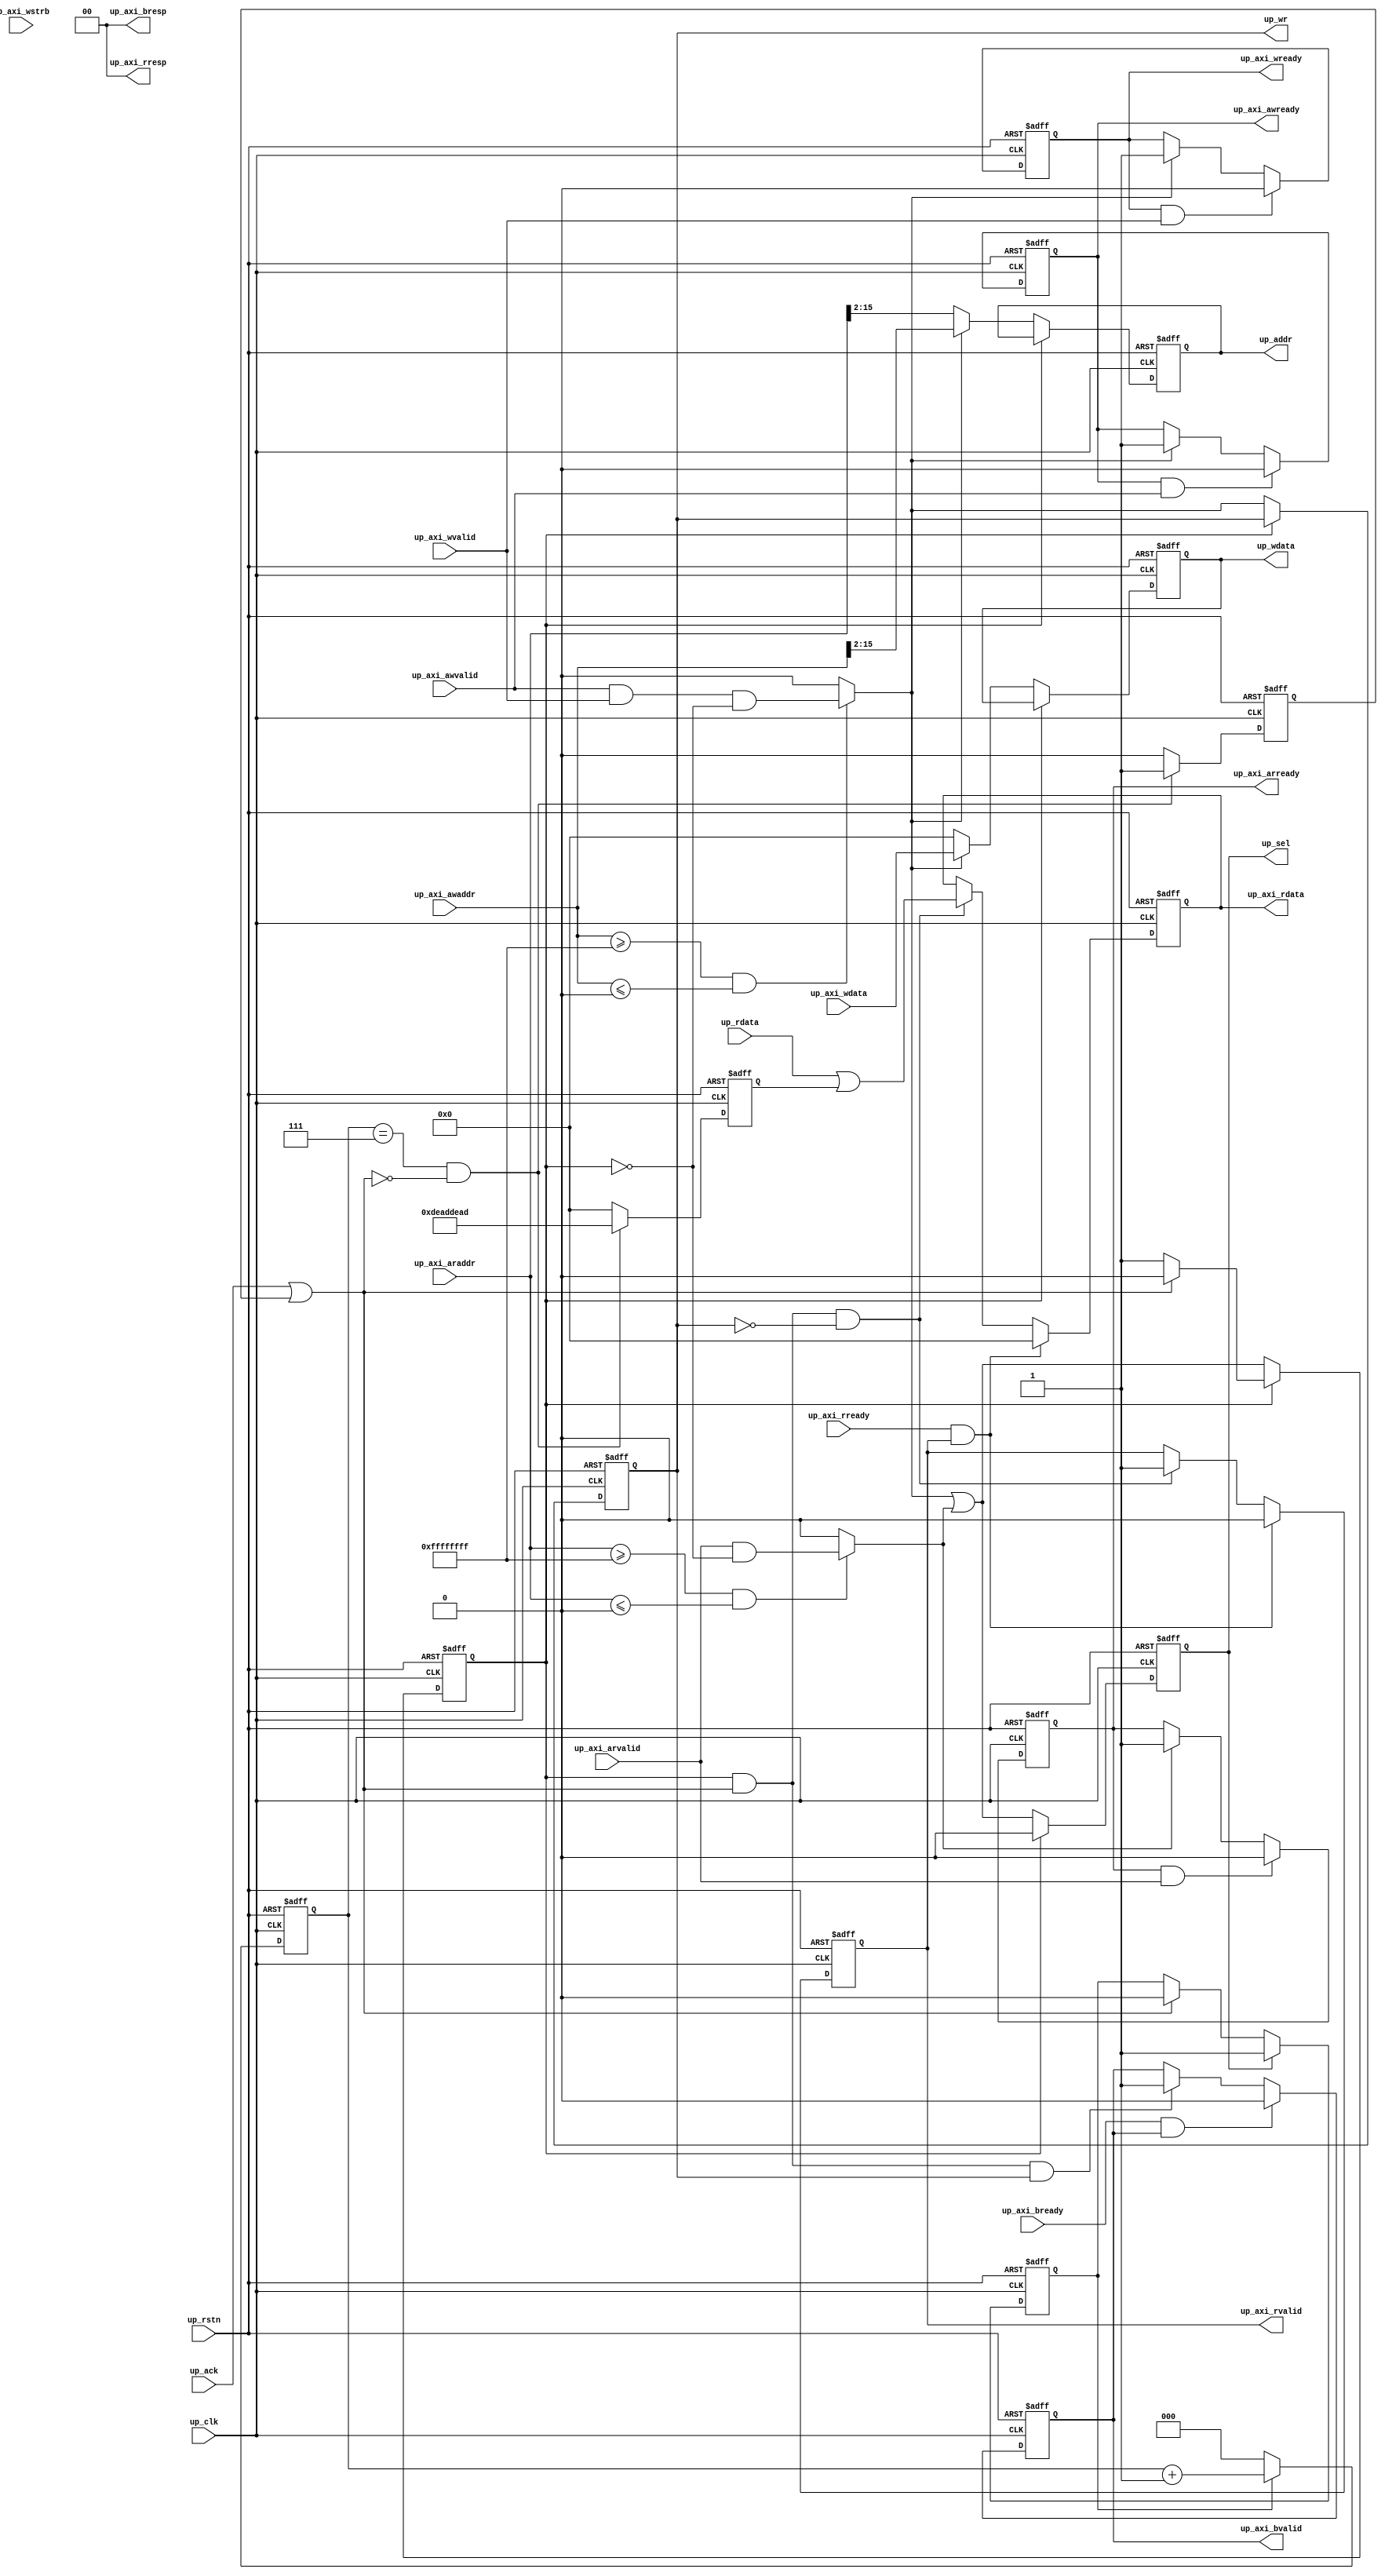
// ***************************************************************************
// ***************************************************************************
// Copyright 2011(c) Analog Devices, Inc.
// 
// All rights reserved.
// 
// Redistribution and use in source and binary forms, with or without modification,
// are permitted provided that the following conditions are met:
//     - Redistributions of source code must retain the above copyright
//       notice, this list of conditions and the following disclaimer.
//     - Redistributions in binary form must reproduce the above copyright
//       notice, this list of conditions and the following disclaimer in
//       the documentation and/or other materials provided with the
//       distribution.
//     - Neither the name of Analog Devices, Inc. nor the names of its
//       contributors may be used to endorse or promote products derived
//       from this software without specific prior written permission.
//     - The use of this software may or may not infringe the patent rights
//       of one or more patent holders.  This license does not release you
//       from the requirement that you obtain separate licenses from these
//       patent holders to use this software.
//     - Use of the software either in source or binary form, must be run
//       on or directly connected to an Analog Devices Inc. component.
//    
// THIS SOFTWARE IS PROVIDED BY ANALOG DEVICES "AS IS" AND ANY EXPRESS OR IMPLIED WARRANTIES,
// INCLUDING, BUT NOT LIMITED TO, NON-INFRINGEMENT, MERCHANTABILITY AND FITNESS FOR A
// PARTICULAR PURPOSE ARE DISCLAIMED.
//
// IN NO EVENT SHALL ANALOG DEVICES BE LIABLE FOR ANY DIRECT, INDIRECT, INCIDENTAL, SPECIAL,
// EXEMPLARY, OR CONSEQUENTIAL DAMAGES (INCLUDING, BUT NOT LIMITED TO, INTELLECTUAL PROPERTY
// RIGHTS, PROCUREMENT OF SUBSTITUTE GOODS OR SERVICES; LOSS OF USE, DATA, OR PROFITS; OR 
// BUSINESS INTERRUPTION) HOWEVER CAUSED AND ON ANY THEORY OF LIABILITY, WHETHER IN CONTRACT,
// STRICT LIABILITY, OR TORT (INCLUDING NEGLIGENCE OR OTHERWISE) ARISING IN ANY WAY OUT OF 
// THE USE OF THIS SOFTWARE, EVEN IF ADVISED OF THE POSSIBILITY OF SUCH DAMAGE.
// ***************************************************************************
// ***************************************************************************
// ***************************************************************************
// ***************************************************************************

module up_axi (

  // reset and clocks

  up_rstn,
  up_clk,

  // axi4 interface

  up_axi_awvalid,
  up_axi_awaddr,
  up_axi_awready,
  up_axi_wvalid,
  up_axi_wdata,
  up_axi_wstrb,
  up_axi_wready,
  up_axi_bvalid,
  up_axi_bresp,
  up_axi_bready,
  up_axi_arvalid,
  up_axi_araddr,
  up_axi_arready,
  up_axi_rvalid,
  up_axi_rresp,
  up_axi_rdata,
  up_axi_rready,

  // pcore interface

  up_sel,
  up_wr,
  up_addr,
  up_wdata,
  up_rdata,
  up_ack);

  // parameters

  parameter   PCORE_BASEADDR = 32'hffffffff;
  parameter   PCORE_HIGHADDR = 32'h00000000;

  // reset and clocks

  input           up_rstn;
  input           up_clk;

  // axi4 interface

  input           up_axi_awvalid;
  input   [31:0]  up_axi_awaddr;
  output          up_axi_awready;
  input           up_axi_wvalid;
  input   [31:0]  up_axi_wdata;
  input   [ 3:0]  up_axi_wstrb;
  output          up_axi_wready;
  output          up_axi_bvalid;
  output  [ 1:0]  up_axi_bresp;
  input           up_axi_bready;
  input           up_axi_arvalid;
  input   [31:0]  up_axi_araddr;
  output          up_axi_arready;
  output          up_axi_rvalid;
  output  [ 1:0]  up_axi_rresp;
  output  [31:0]  up_axi_rdata;
  input           up_axi_rready;

  // pcore interface

  output          up_sel;
  output          up_wr;
  output  [13:0]  up_addr;
  output  [31:0]  up_wdata;
  input   [31:0]  up_rdata;
  input           up_ack;

  // internal registers

  reg             up_axi_awready = 'd0;
  reg             up_axi_wready = 'd0;
  reg             up_axi_arready = 'd0;
  reg             up_axi_bvalid = 'd0;
  reg             up_axi_rvalid = 'd0;
  reg     [31:0]  up_axi_rdata = 'd0;
  reg             up_axi_access = 'd0;
  reg             up_sel = 'd0;
  reg             up_wr = 'd0;
  reg     [13:0]  up_addr = 'd0;
  reg     [31:0]  up_wdata = 'd0;
  reg             up_access = 'd0;
  reg     [ 2:0]  up_access_count = 'd0;
  reg             up_access_ack = 'd0;
  reg     [31:0]  up_access_rdata = 'd0;

  // internal wires

  wire            up_axi_wr_s;
  wire            up_axi_rd_s;
  wire    [31:0]  up_rdata_s;
  wire            up_ack_s;

  // responses are always okay

  assign up_axi_bresp = 2'd0;
  assign up_axi_rresp = 2'd0;

  // wait for awvalid and wvalid before asserting awready and wready

  assign up_axi_wr_s = ((up_axi_awaddr >= PCORE_BASEADDR) && (up_axi_awaddr <= PCORE_HIGHADDR)) ?
    (up_axi_awvalid & up_axi_wvalid & ~up_axi_access) : 1'b0;

  assign up_axi_rd_s = ((up_axi_araddr >= PCORE_BASEADDR) && (up_axi_araddr <= PCORE_HIGHADDR)) ?
    (up_axi_arvalid & ~up_axi_access) : 1'b0;

  // return address and data channel ready right away, response depends on ack
 
  always @(negedge up_rstn or posedge up_clk) begin
    if (up_rstn == 1'b0) begin
      up_axi_awready <= 'd0;
      up_axi_wready <= 'd0;
      up_axi_arready <= 'd0;
      up_axi_bvalid <= 'd0;
      up_axi_rvalid <= 'd0;
      up_axi_rdata <= 'd0;
    end else begin
      if ((up_axi_awready == 1'b1) && (up_axi_awvalid == 1'b1)) begin
        up_axi_awready <= 1'b0;
      end else if (up_axi_wr_s == 1'b1) begin
        up_axi_awready <= 1'b1;
      end
      if ((up_axi_wready == 1'b1) && (up_axi_wvalid == 1'b1)) begin
        up_axi_wready <= 1'b0;
      end else if (up_axi_wr_s == 1'b1) begin
        up_axi_wready <= 1'b1;
      end
      if ((up_axi_arready == 1'b1) && (up_axi_arvalid == 1'b1)) begin
        up_axi_arready <= 1'b0;
      end else if (up_axi_rd_s == 1'b1) begin
        up_axi_arready <= 1'b1;
      end
      if ((up_axi_bready == 1'b1) && (up_axi_bvalid == 1'b1)) begin
        up_axi_bvalid <= 1'b0;
      end else if ((up_axi_access == 1'b1) && (up_ack_s == 1'b1) && (up_wr == 1'b1)) begin
        up_axi_bvalid <= 1'b1;
      end
      if ((up_axi_rready == 1'b1) && (up_axi_rvalid == 1'b1)) begin
        up_axi_rvalid <= 1'b0;
        up_axi_rdata <= 32'd0;
      end else if ((up_axi_access == 1'b1) && (up_ack_s == 1'b1) && (up_wr == 1'b0)) begin
        up_axi_rvalid <= 1'b1;
        up_axi_rdata <= up_rdata_s;
      end
    end
  end       

  always @(negedge up_rstn or posedge up_clk) begin
    if (up_rstn == 1'b0) begin
      up_axi_access <= 'd0;
      up_sel <= 'd0;
      up_wr <= 'd0;
      up_addr <= 'd0;
      up_wdata <= 'd0;
    end else begin
      if (up_axi_access == 1'b1) begin
        if (up_ack_s == 1'b1) begin
          up_axi_access <= 1'b0;
        end
        up_sel <= 1'b0;
      end else begin
        up_axi_access <= up_axi_wr_s | up_axi_rd_s;
        up_sel <= up_axi_wr_s | up_axi_rd_s;
      end
      if (up_axi_access == 1'b0) begin
        up_wr <= up_axi_wr_s;
        if (up_axi_wr_s == 1'b1) begin
          up_addr <= up_axi_awaddr[15:2];
          up_wdata <= up_axi_wdata;
        end else begin
          up_addr <= up_axi_araddr[15:2];
          up_wdata <= 32'd0;
        end
      end
    end
  end

  // combine up read and ack from all the blocks

  assign up_rdata_s = up_rdata | up_access_rdata;
  assign up_ack_s = up_ack | up_access_ack;

  // 8 clock cycles access time out to release bus

  always @(negedge up_rstn or posedge up_clk) begin
    if (up_rstn == 0) begin
      up_access <= 'd0;
      up_access_count <= 'd0;
      up_access_ack <= 'd0;
      up_access_rdata <= 'd0;
    end else begin
      if (up_sel == 1'b1) begin
        up_access <= 1'b1;
      end else if (up_ack_s == 1'b1) begin
        up_access <= 1'b0;
      end
      if (up_access == 1'b1) begin
        up_access_count <= up_access_count + 1'b1;
      end else begin
        up_access_count <= 3'd0;
      end
      if ((up_access_count == 3'h7) && (up_ack_s == 1'b0)) begin
        up_access_ack <= 1'b1;
        up_access_rdata <= {2{16'hdead}};
      end else begin
        up_access_ack <= 1'b0;
        up_access_rdata <= 32'd0;
      end
    end
  end

endmodule

// ***************************************************************************
// ***************************************************************************